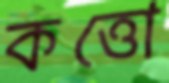
কত্তো